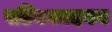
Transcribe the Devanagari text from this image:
पडिक्कादवन